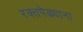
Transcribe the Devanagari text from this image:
रक्तपेढ्याना